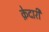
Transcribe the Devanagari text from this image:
क़ेदारी